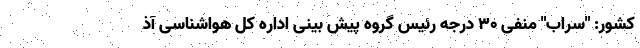
کشور: "سراب" منفی ۳۰ درجه رئیس گروه پیش بینی اداره کل هواشناسی آذ